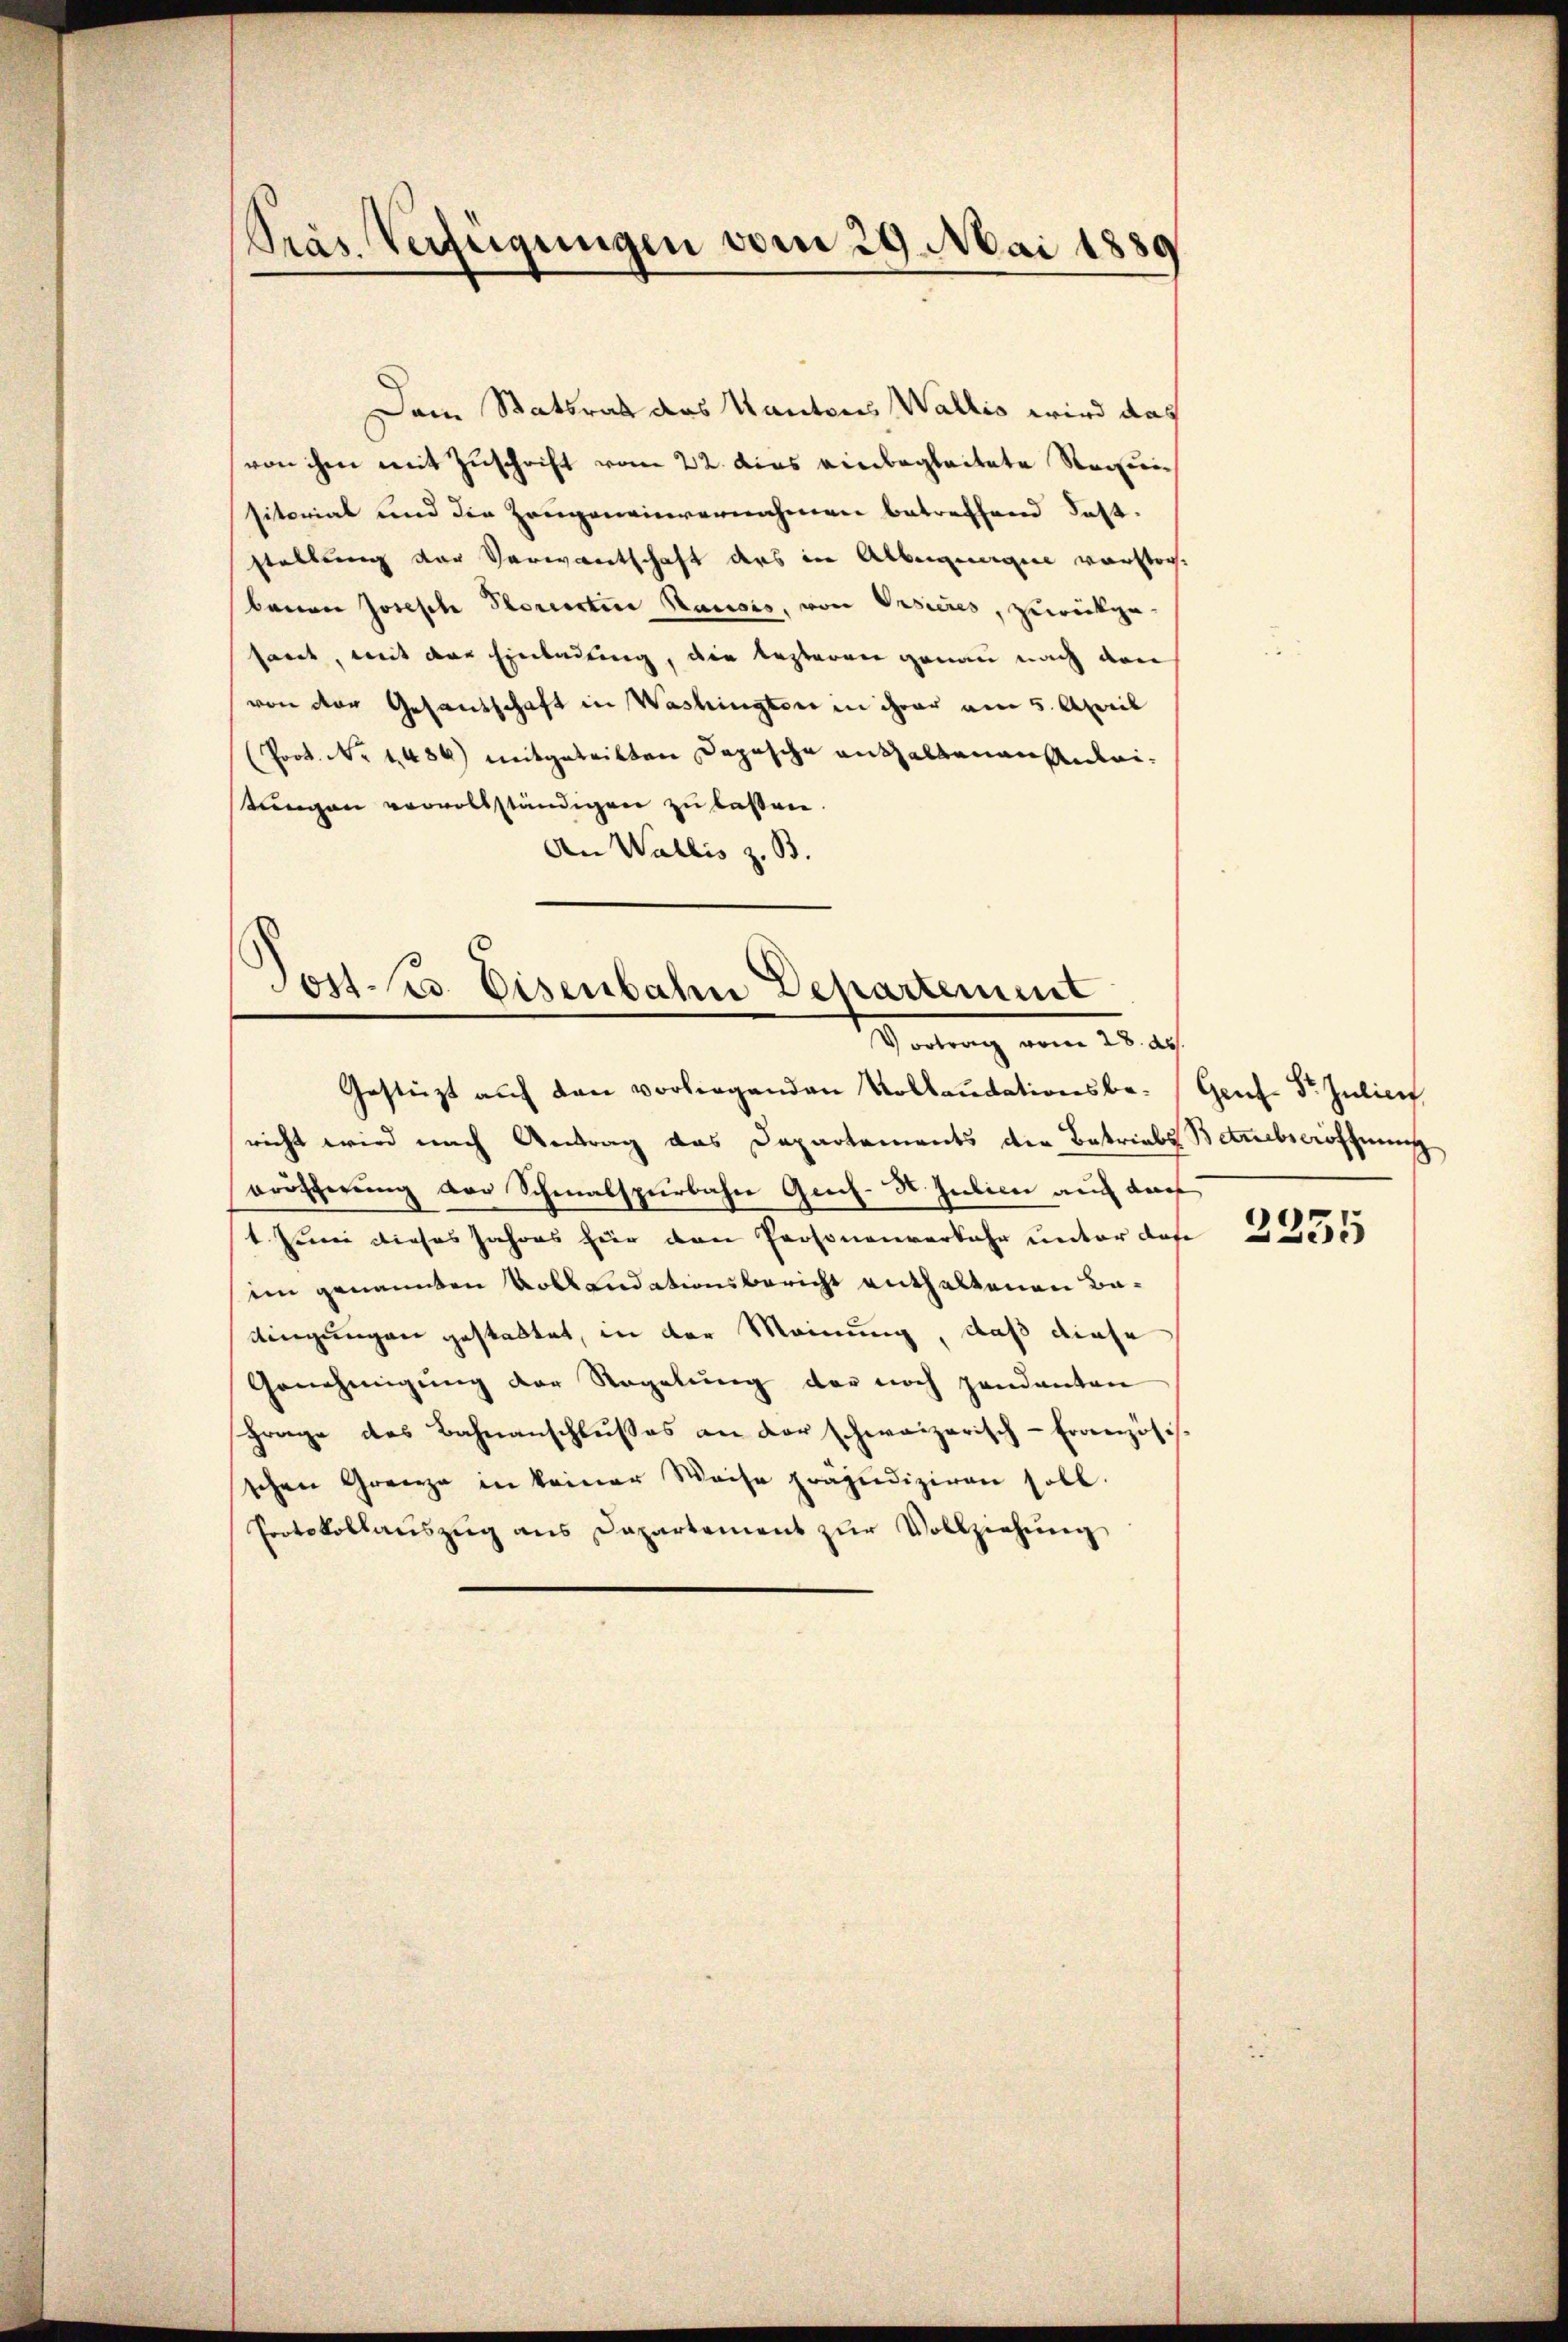
Präs. Verfügungen vom 29. Mai 1889

Dem Statsrat das Kantons Wallis wird das
von ihm mit Zuschrift vom 22. dies einbegleitete Requi
sitorial und die Zeugeneinvernehmen betreffend Fest-
stellung der Verwandtschaft ders in Albergingen vorstorbauen Joseph Porectire Hausis, von Vasieres, zurückge-
saret, mit der Einladung, die lezteren genau nach den
von der Gesandschaft in Washingten in ihrer am 5. April
Prot. No 1456) mitgetritten Depesche anthaltenen Anleistungen vervollständigen zu laßen
An Wallis z. B.

Jost Sr. Eisenbahn Departement
Vortrag vom 28. ds.
Gestüzt auf den vorliegenden Kollaudationsbe¬

richt wird nach Antrag das Departements der Betriebs Betrebseröffnung
oröscherung der Schmalspurbahn Gesch-H. Julien auch darf
1. Juni dieses Jahres für den Personenverkehr unter dase
ein genannten Voll Ludationsbericht enthaltenen Badingungen gestattet, in der Meinung, daß diese
Genehmigung der Regelung der noch gandanten
Frage des Bahnanschlußes an der schweizerisch-Französis
schen Grenze in keiner Weise präjudiziren soll.
Protokollauszug aus Dapartement zur Vollziehung

Genf. St. Julief

2335